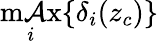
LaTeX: \operatorname*{m\mathcal{A}x}_{i}\{ \delta_{i}(z_{c})\}